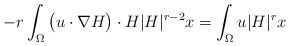
\begin{align*}-r \int_{\Omega} \big(u\cdot \nabla H\big)\cdot H|H|^{r-2} x=\int_{\Omega} u |H|^r x\end{align*}